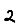
Digit: 2